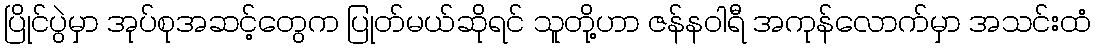
ပြိုင်ပွဲမှာ အုပ်စုအဆင့်တွေက ပြုတ်မယ်ဆိုရင် သူတို့ဟာ ဇန်နဝါရီ အကုန်လောက်မှာ အသင်းထံ